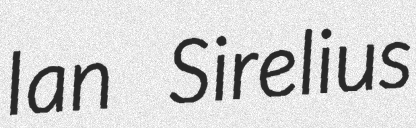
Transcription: Ian Sirelius